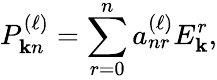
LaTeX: P_{\mathbf{k}n}^{(\ell)}=\sum_{r=0}^{n}a_{nr}^{(\ell)}E_{\mathbf{k}}^{r},